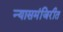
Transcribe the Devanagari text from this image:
न्यासमंजिरीत